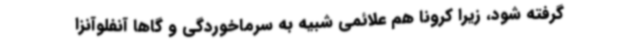
گرفته شود، زیرا کرونا هم علائمی شبیه به سرماخوردگی و گاها آنفلوآنزا